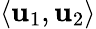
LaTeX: \langle\mathbf{u}_{1},\mathbf{u}_{2}\rangle